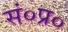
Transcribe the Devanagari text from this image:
सं०प्र०